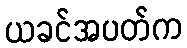
ယခင်အပတ်က